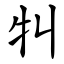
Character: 㸨